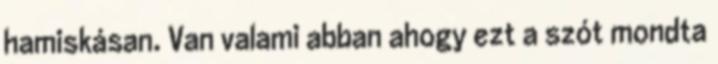
hamiskásan. Van valami abban ahogy ezt a szót mondta